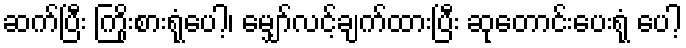
ဆက်ပြီး ကြိုးစားရုံပေါ့၊ မျှော်လင့်ချက်ထားပြီး ဆုတောင်းပေးရုံ ပေါ့